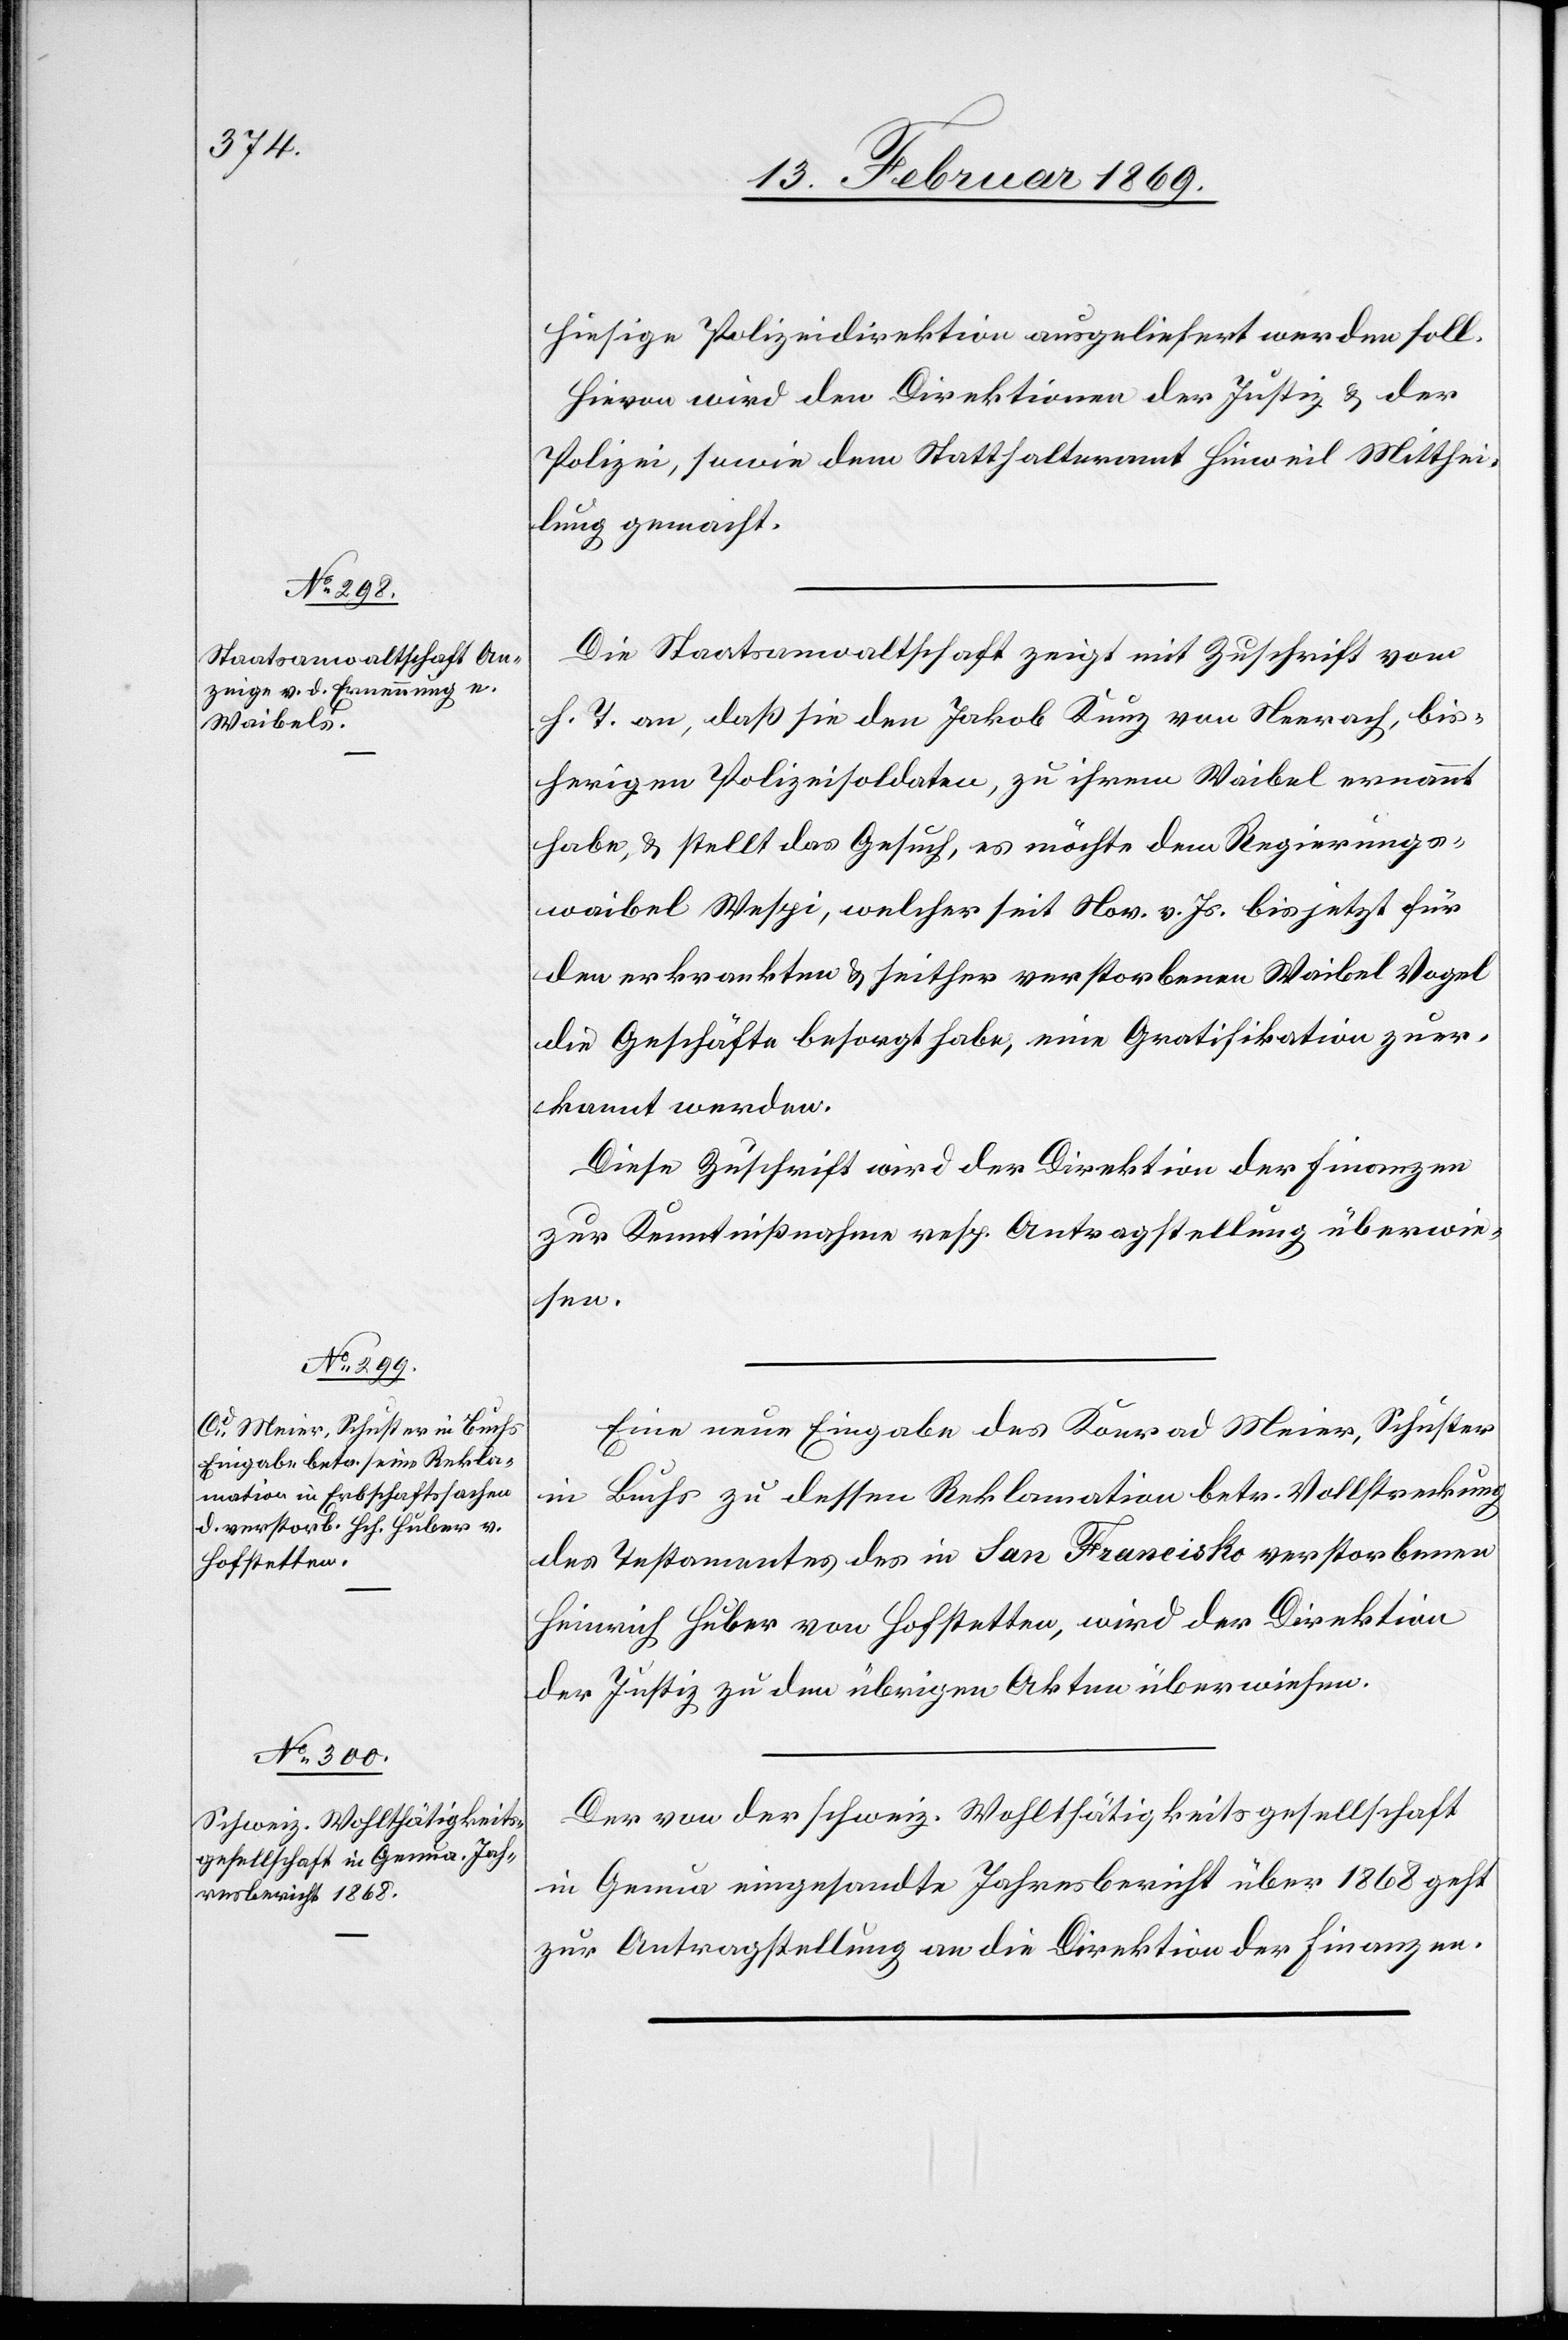
19. Februar 1869.]
hiesige Polizeidirektion ausgeliefert werden soll.
Hievon wird den Direktionen der Justiz & der
Polizei, sowie dem Statthalteramt Hinweil Mitthei¬
lung gemacht.
Die Staatsanwaltschaft zeigt mit Zuschrift vom
h. T. an, daß sie den Jakob Kunz von Neerach, bis¬
herigen Polizeisoldaten, zu ihrem Waibel ernannt
habe, & stellt das Gesuch, es möchte dem Reinigungs¬
waibel Welpi, welcher seit Nov. v. Js. bis jetzt für
den erkrankten & seither verstorbenen Waibel Vogel
die Geschäfte besorgt habe, eine Gratifikation zuer¬
kannt werden.
Diese Zuschrift wird der Direktion der Finanzen
zur Kenntnißnahme resp. Antragstellung überwie¬
sen.
Eine neue Eingabe des Konrad Meier, Schuster
in Buchs zu dessen Reklamation betr. Vollstreckung
des Testamentes des in San Francisko verstorbenen
Heinrich Huber von Hofstetten, wird der Direktion
der Justiz zu den übrigen Akten überwiesen.
Der von der schweiz. Wohlthätigkeitgesellschaft
in Genua eingesandte Jahresbericht über 1868 geht
zur Antragstellung an die Direktion der Finanzen.